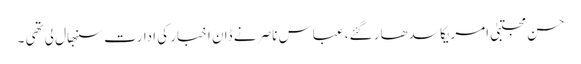
حسن مجتبیٰ امریکا سدھار گئے، عباس ناصر نے ڈان اخبار کی ادارت سنبھال لی تھی ۔